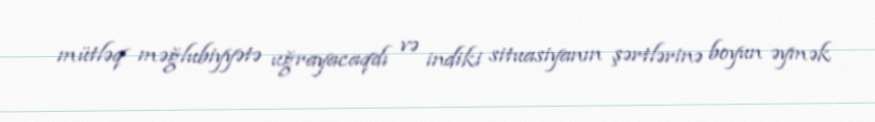
mütləq məğlubiyyətə uğrayacaqdı və indiki situasiyanın şərtlərinə boyun əymək